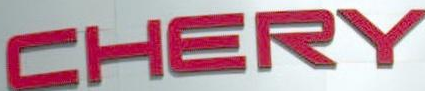
CHERY